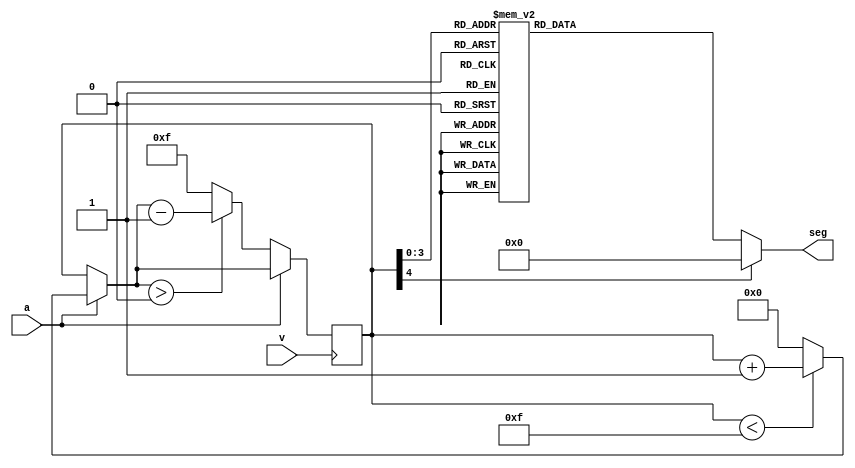
`timescale 1ns / 1ps

module contmotor(v,a,seg);
    input v, a;
    output reg [3:0] seg;
	 

reg [4:0] cont;
wire [4:0] in; 
initial begin
	seg<=0;
	cont<=5'd16;
end


always @(posedge v)begin						
		if (a)
			if(cont<5'd15)
				cont=cont+1;
			else 
				cont=4'd0;
			
		if (~a)
			if(cont>5'd0)
				cont=cont-1;
			else
				cont=4'd15;
	end


assign in=cont;

always @(in)
	case(in)	
		5'd0: seg<=4'b1000;
		5'd1: seg<=4'b0100;
		5'd2: seg<=4'b0010;
		5'd3: seg<=4'b0001;
		5'd4:	seg<=4'b1000;
		5'd5:	seg<=4'b0100;
		5'd6:	seg<=4'b0010;
		5'd7: seg<=4'b0001;
		5'd8: seg<=4'b1000;
		5'd9:	seg<=4'b0100;
		5'd10:seg<=4'b0010;
		5'd11:seg<=4'b0001;
		5'd12:seg<=4'b1000;
		5'd13:seg<=4'b0100;
		5'd14:seg<=4'b0010;
		5'd15:seg<=4'b0001;
		default: seg<=4'b0000;
	endcase				
endmodule